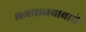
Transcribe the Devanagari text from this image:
भगवानबाबाचे